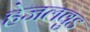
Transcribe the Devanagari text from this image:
हेजलवुड